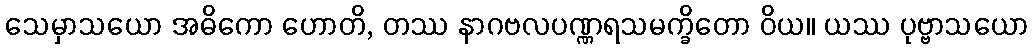
သေမှာသယော အဓိကော ဟောတိ, တဿ နာဂဗလပဏ္ဏရသမက္ခိတော ဝိယ။ ယဿ ပုဗ္ဗာသယော